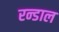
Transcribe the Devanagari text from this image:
रन्डाल